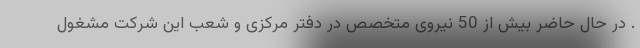
. در حال حاضر بیش از 50 نیروی متخصص در دفتر مرکزی و شعب این شرکت مشغول